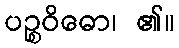
ပဉ္စဝိဓော၊ ၏။